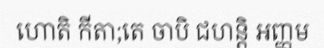
ហោតិ កីតា;តេ ចាបិ ជហន្តិ អញ្ញម